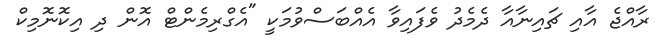
ރާއްޖެ އާއި ޗައިނާއާ ދެމެދު ވެފައިވާ އެއްބަސްވުމަކީ "އެގްރިމެންޓް އޮން ދި އިކޮނޮމިކް